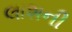
લાશની